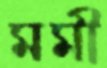
মমী